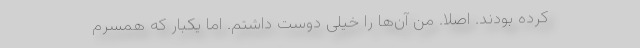
کرده بودند. اصلاً. من آن‌ها را خیلی دوست داشتم. اما یکبار که همسرم